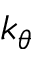
k _ { \theta }